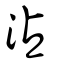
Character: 沾